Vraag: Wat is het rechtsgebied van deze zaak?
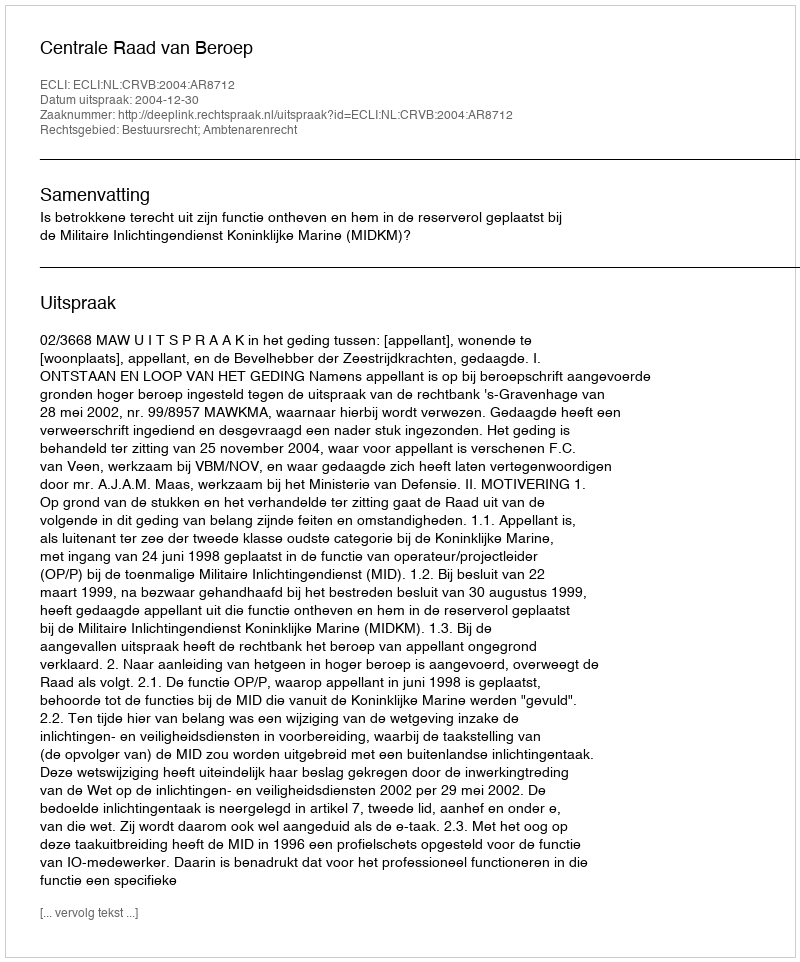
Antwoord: Bestuursrecht; Ambtenarenrecht